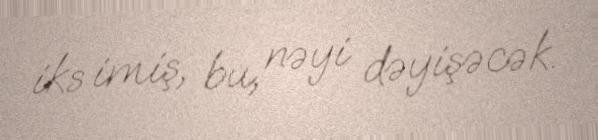
iks imiş, bu, nəyi dəyişəcək.